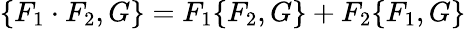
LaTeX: \{ F_{1}\cdot F_{2},G\} =F_{1}\{ F_{2},G\} +F_{2}\{ F_{1},G\}